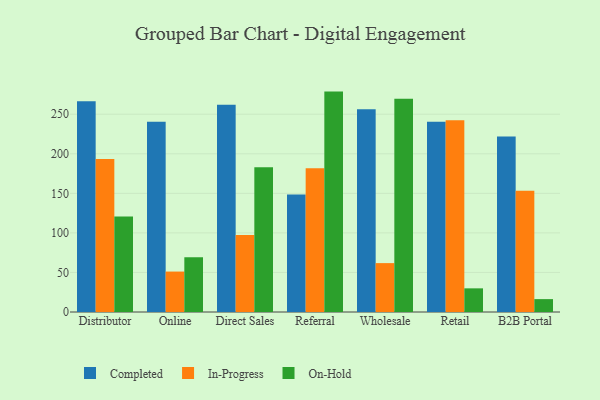
{"axis": {"x": "Channel", "y": "Budget (USD K)"}, "legend": ["Completed", "In-Progress", "On-Hold"], "data": [{"x": "Distributor", "y": 266.4, "type": "Completed"}, {"x": "Distributor", "y": 193.4, "type": "In-Progress"}, {"x": "Distributor", "y": 120.7, "type": "On-Hold"}, {"x": "Online", "y": 240.5, "type": "Completed"}, {"x": "Online", "y": 51.1, "type": "In-Progress"}, {"x": "Online", "y": 69.2, "type": "On-Hold"}, {"x": "Direct Sales", "y": 262.1, "type": "Completed"}, {"x": "Direct Sales", "y": 97.4, "type": "In-Progress"}, {"x": "Direct Sales", "y": 183.0, "type": "On-Hold"}, {"x": "Referral", "y": 148.6, "type": "Completed"}, {"x": "Referral", "y": 181.8, "type": "In-Progress"}, {"x": "Referral", "y": 278.6, "type": "On-Hold"}, {"x": "Wholesale", "y": 256.4, "type": "Completed"}, {"x": "Wholesale", "y": 61.8, "type": "In-Progress"}, {"x": "Wholesale", "y": 269.5, "type": "On-Hold"}, {"x": "Retail", "y": 240.4, "type": "Completed"}, {"x": "Retail", "y": 242.3, "type": "In-Progress"}, {"x": "Retail", "y": 29.9, "type": "On-Hold"}, {"x": "B2B Portal", "y": 221.8, "type": "Completed"}, {"x": "B2B Portal", "y": 153.3, "type": "In-Progress"}, {"x": "B2B Portal", "y": 16.3, "type": "On-Hold"}]}